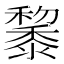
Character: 𪐅